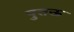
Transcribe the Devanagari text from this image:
पुतऊ